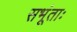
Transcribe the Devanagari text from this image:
सभूंताः